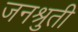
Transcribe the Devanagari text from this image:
जनश्रुती